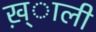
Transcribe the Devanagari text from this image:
ख़्ाली